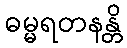
ဓမ္မရတနန္တိ